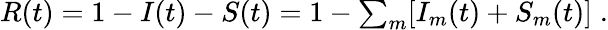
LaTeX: \begin{array}{r}{R(t)=1-I(t)-S(t)=1-\sum_{m}[I_{m}(t)+S_{m}(t)]\; .}\end{array}